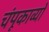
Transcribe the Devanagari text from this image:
चंपूकाव्यों